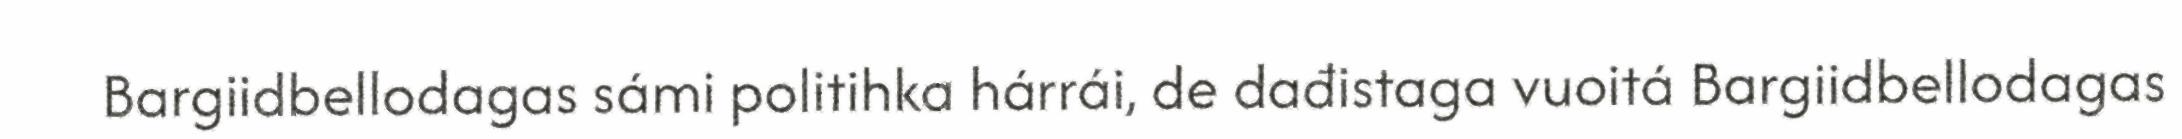
Bargiidbellodagas sámi politihka hárrái, de dađistaga vuoitá Bargiidbellodagas